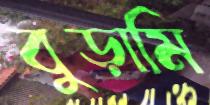
বুড়ামি